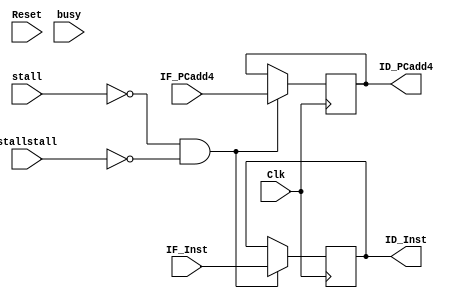
`timescale 1ns / 1ps
//////////////////////////////////////////////////////////////////////////////////
// Company: 
// Engineer: 
// 
// Design Name: 
// Module Name: REG_IF_ID
// Project Name: 
// Target Devices: 
// Tool Versions: 
// Description: 
// 
// Dependencies: 
// 
// Revision:
// Revision 0.01 - File Created
// Additional Comments:
// 
//////////////////////////////////////////////////////////////////////////////////


module REG_IF_ID (IF_PCadd4,IF_Inst,Clk,Reset,ID_PCadd4,ID_Inst,stall,stallstall,busy);
    input [31:0] IF_PCadd4,IF_Inst;
    input [3:0]busy;
    input Clk,Reset,stall,stallstall;
    output reg[31:0] ID_PCadd4,ID_Inst;

    wire En,clr;
    assign En=(~stall)&(~stallstall);
    //assign clr=~condep;
    initial begin
        ID_Inst = 0;
        ID_PCadd4= 0 ;
    end
    
    always @(posedge Clk) begin 
        if(En==1 )begin
            //$display("IF_Inst:",IF_Inst);
            ID_PCadd4 = IF_PCadd4;
            ID_Inst = IF_Inst;             
        end
    end  
endmodule